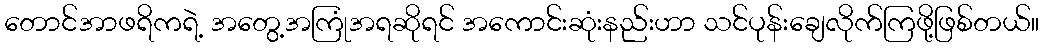
တောင်အာဖရိကရဲ့ အတွေ့အကြုံအရဆိုရင် အကောင်းဆုံးနည်းဟာ သင်ပုန်းချေလိုက်ကြဖို့ဖြစ်တယ်။